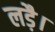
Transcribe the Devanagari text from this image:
लड़ै।